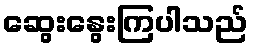
ဆွေးနွေးကြပါသည်